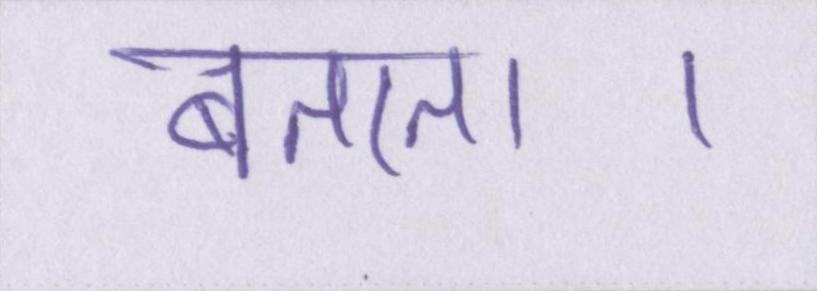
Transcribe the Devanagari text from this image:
बताता।